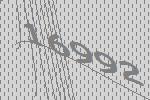
16992